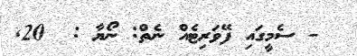
- ސެމީގައި ފޭވަރިޓެއް ނެތް: ނޯޔާ :  20